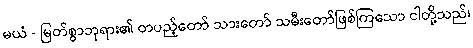
မယံ - မြတ်စွာဘုရား၏ တပည့်တော် သားတော် သမီးတော်ဖြစ်ကြသော ငါတို့သည်၊